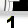
Digit: 1